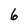
Character: 6